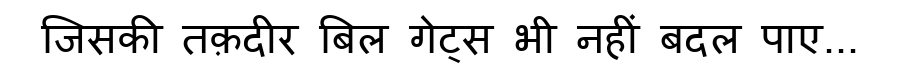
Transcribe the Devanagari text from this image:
जिसकी तक़दीर बिल गेट्स भी नहीं बदल पाए...